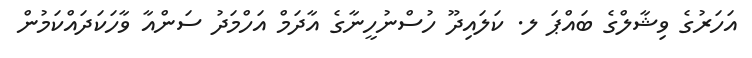
އަހަރުގެ ވިޝާލްގެ ބައްޕަ ލ. ކަލައިދޫ ހުސްނުހީނާގެ އާދަމް އަހްމަދު ސަންއާ ވާހަކަދައްކަމުން